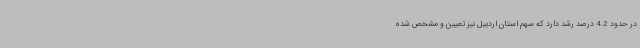
در حدود 4.2 درصد رشد دارد که سهم استان اردبیل نیز تعیین و مشخص شده